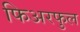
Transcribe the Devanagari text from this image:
फिअरफुल